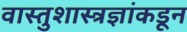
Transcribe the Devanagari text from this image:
वास्तुशास्त्रज्ञांकडून